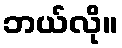
ဘယ်လို။